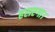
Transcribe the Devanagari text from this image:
हराएगा।